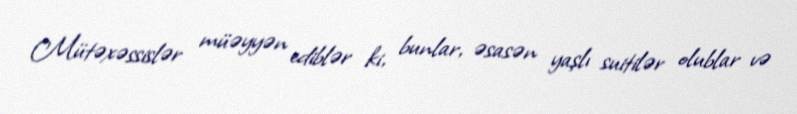
Mütəxəssislər müəyyən ediblər ki, bunlar, əsasən yaşlı suitilər olublar və